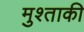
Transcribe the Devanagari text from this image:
मुश्ताकी